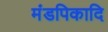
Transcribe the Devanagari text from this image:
मंडपिकादि